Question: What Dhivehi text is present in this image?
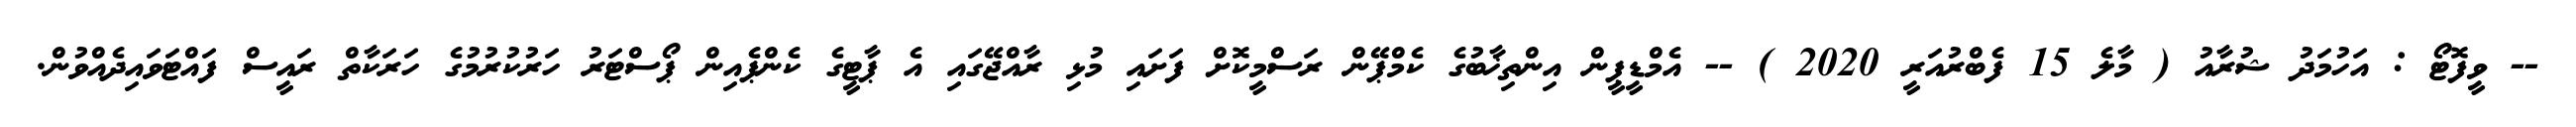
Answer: -- ވީފޮޓޯ : އަހުމަދު ޝުރާއު ( މާލެ 15 ފެބްރުއަރީ 2020 ) -- އެމްޑީޕީން އިންތިޚާބުގެ ކެމްޕޭން ރަސްމީކޮށް ފަށައި މުޅި ރާއްޖޭގައި އެ ޕާޓީގެ ކެންޕެއިން ޕޯސްޓަރު ހަރުކުރުމުގެ ހަރަކާތް ރައީސް ފައްޓަވައިދެއްވުން.